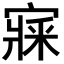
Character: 𡪘